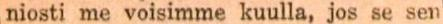
niosti me voisimme kuulla, jos se sen